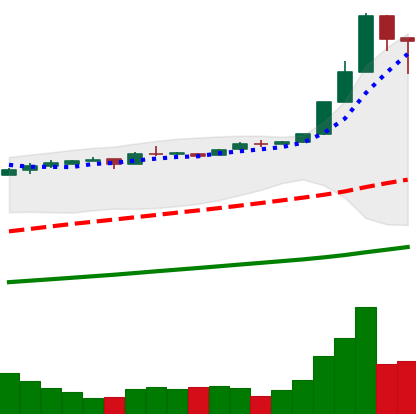
Ticker: BTC-USD
Chart end date: 2016-12-25
Forward return: 7.259%
Label: up_7plus